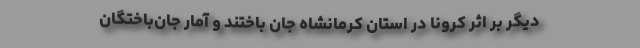
دیگر بر اثر کرونا در استان کرمانشاه جان باختند و آمار جان‌باختگان